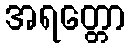
အရတ္တော